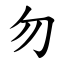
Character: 勿